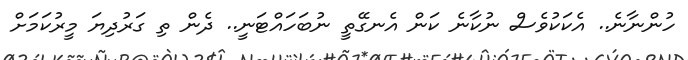
ހުންނާނެ.. އެކަކުވެސް ނުކާނެ ކަން އެނގޭތީ ނުބަހައްޓަނީ.. ދެން ތި ގަރުދިޔަ މީރުކަމަށް